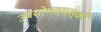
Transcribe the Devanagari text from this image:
उपयोगवयस्कों